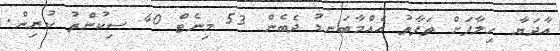
އާދަޔާ ހިލާފަށް ތަފާތު އެއްމާބަނޑު ދެބެން 53 މިނެޓް 40 ސިކުންތު ކުރިން.